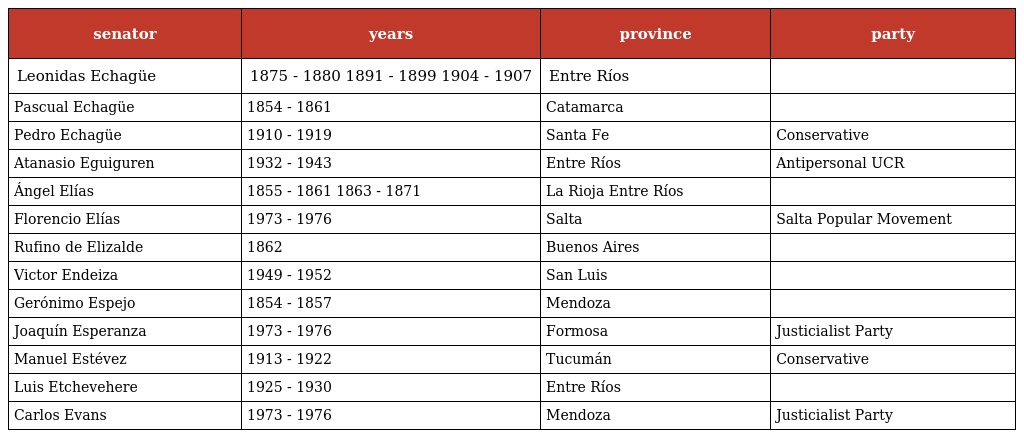
| senator | years | province | party |
 | --- | --- | --- | --- |
 | Leonidas Echagüe | 1875 - 1880 1891 - 1899 1904 - 1907 | Entre Ríos |  |
 | Pascual Echagüe | 1854 - 1861 | Catamarca |  |
 | Pedro Echagüe | 1910 - 1919 | Santa Fe | Conservative |
 | Atanasio Eguiguren | 1932 - 1943 | Entre Ríos | Antipersonal UCR |
 | Ángel Elías | 1855 - 1861 1863 - 1871 | La Rioja Entre Ríos |  |
 | Florencio Elías | 1973 - 1976 | Salta | Salta Popular Movement |
 | Rufino de Elizalde | 1862 | Buenos Aires |  |
 | Victor Endeiza | 1949 - 1952 | San Luis |  |
 | Gerónimo Espejo | 1854 - 1857 | Mendoza |  |
 | Joaquín Esperanza | 1973 - 1976 | Formosa | Justicialist Party |
 | Manuel Estévez | 1913 - 1922 | Tucumán | Conservative |
 | Luis Etchevehere | 1925 - 1930 | Entre Ríos |  |
 | Carlos Evans | 1973 - 1976 | Mendoza | Justicialist Party |